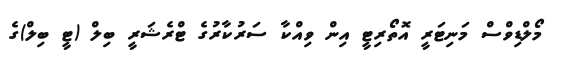
މޯލްޑިވްސް މަނިޓަރީ އޮތޯރިޓީ އިން ވިއްކާ ސަރުކާރުގެ ޓްރެޝަރީ ބިލް (ޓީ ބިލް)ގެ